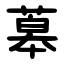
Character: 䔌